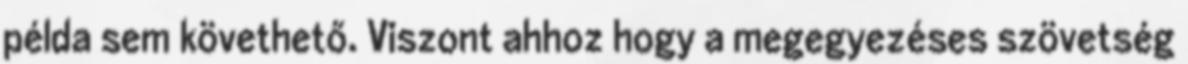
példa sem követhető. Viszont ahhoz hogy a megegyezéses szövetség